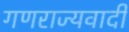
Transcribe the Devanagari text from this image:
गणराज्यवादी